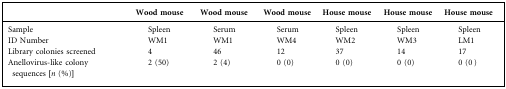
<table><thead><tr><td></td><td><b>Wood mouse</b></td><td><b>Wood mouse</b></td><td><b>Wood mouse</b></td><td><b>House mouse</b></td><td><b>House mouse</b></td><td><b>House mouse</b></td></tr></thead><tbody><tr><td>Sample</td><td>Spleen</td><td>Serum</td><td>Serum</td><td>Spleen</td><td>Spleen</td><td>Spleen</td></tr><tr><td>ID Number</td><td>WM1</td><td>WM1</td><td>WM4</td><td>WM2</td><td>WM3</td><td>LM1</td></tr><tr><td>Library colonies screened</td><td>4</td><td>46</td><td>12</td><td>37</td><td>14</td><td>17</td></tr><tr><td>Anellovirus-like colony sequences [<i>n</i> (%)]</td><td>2 (50)</td><td>2 (4)</td><td>0 (0)</td><td>0 (0)</td><td>0 (0)</td><td>0 (0 )</td></tr></tbody></table>